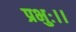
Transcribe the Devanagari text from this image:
प्रभुः।।